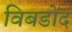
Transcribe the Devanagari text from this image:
विबडोद